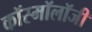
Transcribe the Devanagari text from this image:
कॉस्मॉलॉजी